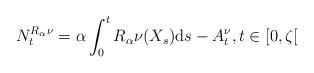
LaTeX: \begin{align*}N_t^{R_{\alpha}\nu}=\alpha\int_0^tR_{\alpha}\nu(X_s){\rm d}s-A_t^{\nu}, t\in[0,\zeta[\end{align*}